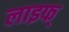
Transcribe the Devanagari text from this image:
लाइफ्